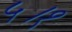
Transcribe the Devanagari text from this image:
५।१